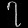
Digit: ၇